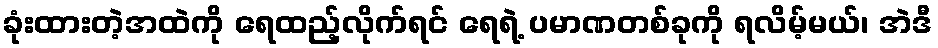
ခုံးထားတဲ့အထဲကို ရေထည့်လိုက်ရင် ရေရဲ့ ပမာဏတစ်ခုကို ရလိမ့်မယ်၊ အဲဒီ